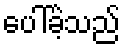
ပေါ်ခဲ့သည်